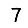
Digit: 7